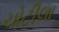
ચોટીલા